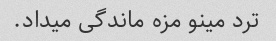
ترد مینو مزه ماندگی میداد.